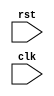
module synchronous_reset (
    input wire rst,
    input wire clk,
    // other input/output ports
);

// Define flip-flops, registers, or other elements in the design

always @ (posedge rst) begin
    // Define desired behavior when reset signal goes high
    // Initialize or reset flip-flops, registers, etc.
end

// Other logic in the module

endmodule